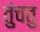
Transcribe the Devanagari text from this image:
तुंचतु